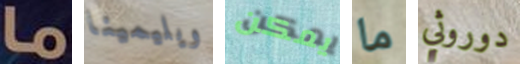
ما ويليمينا يمكن ما دوروثي